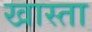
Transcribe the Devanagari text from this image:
खास्ता